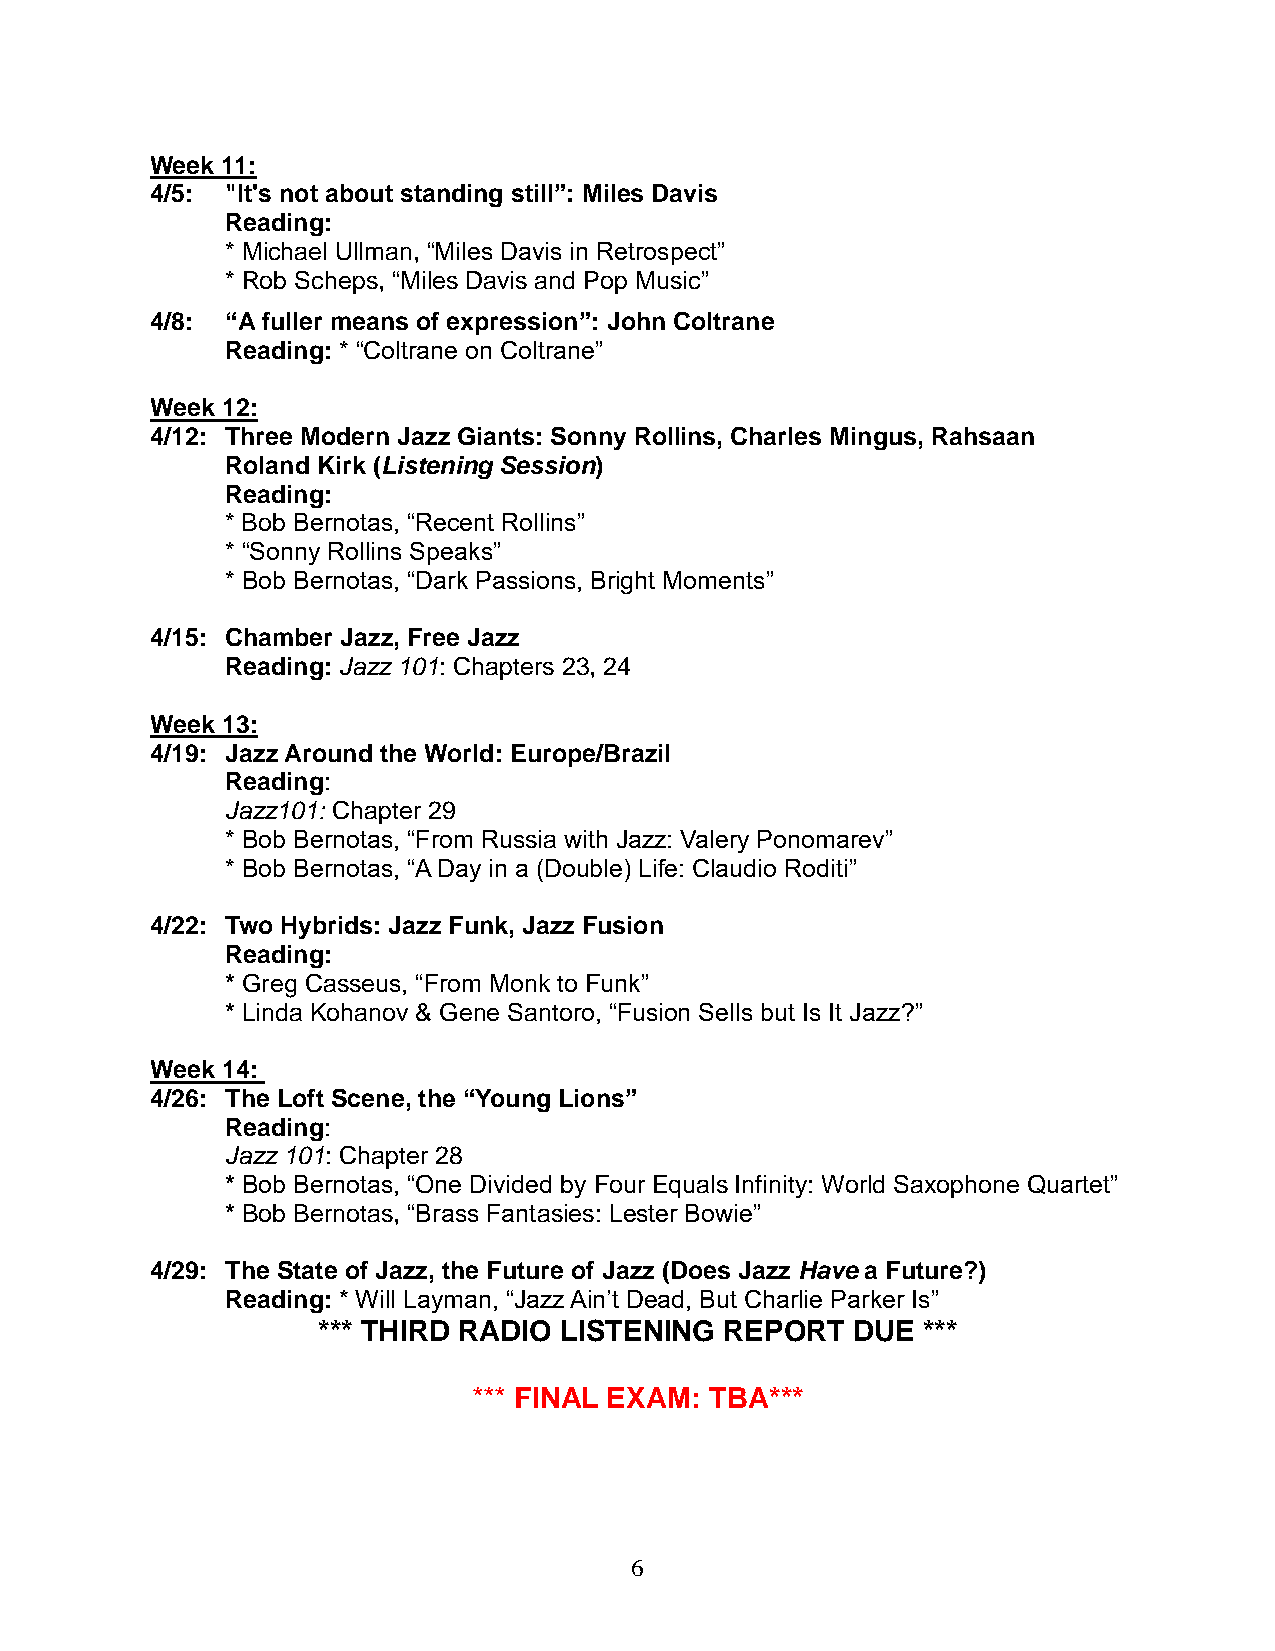
Week 11:
 4/5: "It's not about standing still”: Miles Davis
 Reading:
 * Michael Ullman, “Miles Davis in Retrospect”
 * Rob Scheps, “Miles Davis and Pop Music”
 4/8: “A fuller means of expression”: John Coltrane
 Reading: * “Coltrane on Coltrane”
 Week 12:
 4/12: Three Modern Jazz Giants: Sonny Rollins, Charles Mingus, Rahsaan
 Roland Kirk (Listening Session)
 Reading:
 * Bob Bernotas, “Recent Rollins”
 * “Sonny Rollins Speaks”
 * Bob Bernotas, “Dark Passions, Bright Moments”
 4/15: Chamber Jazz, Free Jazz
 Reading: Jazz 101: Chapters 23, 24
 Week 13:
 4/19: Jazz Around the World: Europe/Brazil
 Reading:
 Jazz101: Chapter 29
 * Bob Bernotas, “From Russia with Jazz: Valery Ponomarev”
 * Bob Bernotas, “A Day in a (Double) Life: Claudio Roditi”
 4/22: Two Hybrids: Jazz Funk, Jazz Fusion
 Reading:
 * Greg Casseus, “From Monk to Funk”
 * Linda Kohanov & Gene Santoro, “Fusion Sells but Is It Jazz?”
 Week 14:
 4/26: The Loft Scene, the “Young Lions”
 Reading:
 Jazz 101: Chapter 28
 * Bob Bernotas, “One Divided by Four Equals Infinity: World Saxophone Quartet”
 * Bob Bernotas, “Brass Fantasies: Lester Bowie”
 4/29: The State of Jazz, the Future of Jazz (Does Jazz Have a Future?)
 Reading: * Will Layman, “Jazz Ain’t Dead, But Charlie Parker Is”
 *** THIRD RADIO LISTENING  REPORT  DUE  ***
 *** FINAL EXAM: TBA***
 6